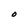
Character: 0